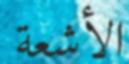
الأشعة